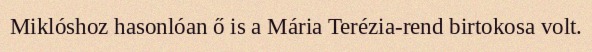
Miklóshoz hasonlóan ő is a Mária Terézia-rend birtokosa volt.